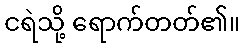
ငရဲသို့ ရောက်တတ်၏။